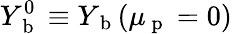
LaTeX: Y_{\mathrm{~b~}}^{0}\equiv Y_{\mathrm{~b~}}(\mu_{\mathrm{~p~}}=0)